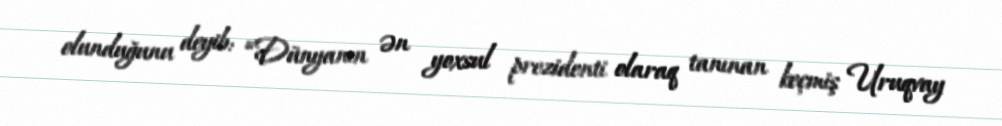
olunduğunu deyib: “Dünyanın ən yoxsul prezidenti olaraq tanınan keçmiş Uruqvay